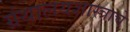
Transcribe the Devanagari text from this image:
ग्रंथालयशास्त्राचे